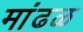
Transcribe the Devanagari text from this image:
मांढळ